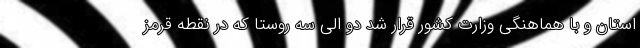
استان و با هماهنگی وزارت کشور قرار شد دو الی سه روستا که در نقطه قرمز